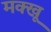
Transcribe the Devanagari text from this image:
मक्खू